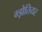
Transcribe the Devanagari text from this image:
ग्झेतियर